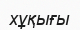
хұқығы